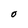
Character: O